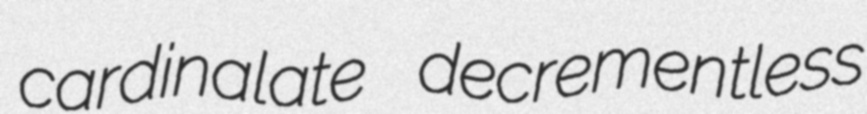
cardinalate decrementless